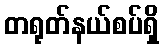
တရုတ်နယ်စပ်ရှိ